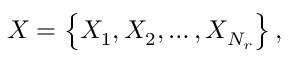
X = \left\{ X _ { 1 } , X _ { 2 } , \dots , X _ { N _ { r } } \right\} ,